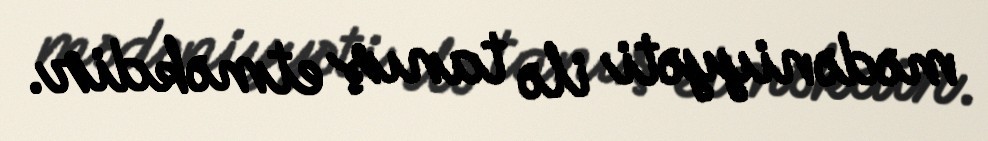
mədəniyyəti ilə tanış etməkdir.